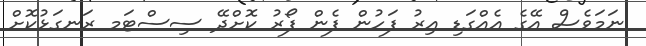
ނަމަވެސް އޭގެ އެއްގަޑި އިރު ފަހުން ފެން ފޯރު ކޮށްދޭ ސިސްޓަމ ރަނގަޅުކޮށް